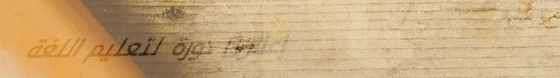
إعلان: دورة لتعليم اللغة